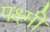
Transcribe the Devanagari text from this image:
पक्ष्मी